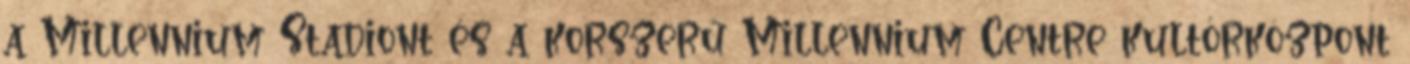
a Millennium Stadiont és a korszerű Millennium Centre kultórközpont